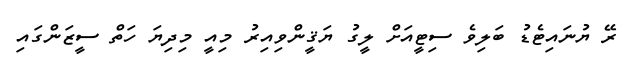
ރޭ ޔުނައިޓެޑު ބަލިވެ ސިޓީއަށް ލީގު ޔަޤީންވިއިރު މިއީ މިދިޔަ ހަތް ސީޒަންގައި